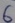
Text: 6